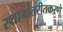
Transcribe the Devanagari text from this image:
स्थानांतरीतकरणे